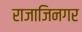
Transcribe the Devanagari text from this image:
राजाजिनगर